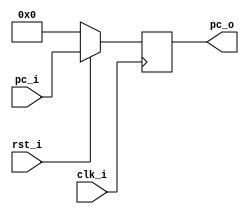
/***************************************************
Student Name: 
Student ID: 0511226
***************************************************/

`timescale 1ns/1ps

module ProgramCounter(
    input				clk_i,
	input 				rst_i,
	input	   [32-1:0] pc_i,
	output reg [32-1:0] pc_o
	);
 
always @(posedge clk_i) begin
    if(~rst_i)
	    pc_o <= 0;
	else
	    pc_o <= pc_i;
end

endmodule